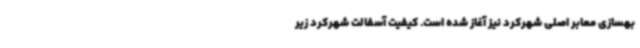
بهسازی معابر اصلی شهرکرد نیز آغاز شده است. کیفیت آسفالت شهرکرد زیر